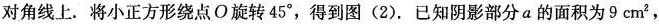
对角线上。将小正方形绕点O旋转45°，得到图(2)。已知阴影部分a的面积为9cm^{2}，